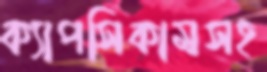
ক্যাপসিকামসহ